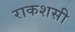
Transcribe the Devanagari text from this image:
राकशसी